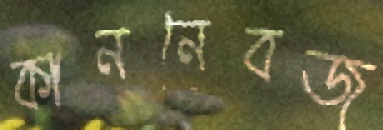
কাননেবজ